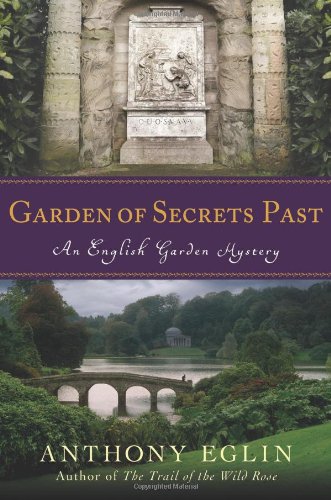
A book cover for Garden of Secrets Past: An English Garden Mystery (English Garden Mysteries); Anthony Eglin; Crafts, Hobbies & Home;